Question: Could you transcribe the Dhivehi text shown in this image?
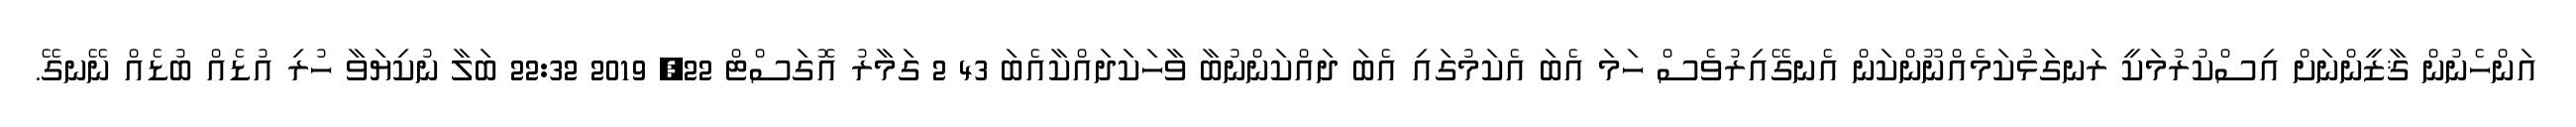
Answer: އަންހެނުން ޤާޒީންނަށް އިސްކުރުމަކީ ރަނގަޅުކަމެއްނޫންކަން އެނގޭއިރުވެސް ހަމަ އެބަ އެކަމުގައި އެބަ ދައްކަންނުބާ ވާހަކަދައްކާއެބަ 43 2 ގަމާރު އޮގަސްޓް 22, 2019 22:32 ބަލާ ނުކިޔަވާ ހުރި އުޑެއް ބުޑެއް ނޭނގޭ.